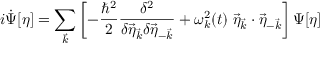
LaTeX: i \dot { \Psi } [ \eta ] = \sum _ { \vec { k } } \left[ - \frac { \hbar ^ { 2 } } { 2 } \frac { \delta ^ { 2 } } { \delta \vec { \eta } _ { \vec { k } } \delta \vec { \eta } _ { - \vec { k } } } + \omega _ { k } ^ { 2 } ( t ) \; \vec { \eta } _ { \vec { k } } \cdot \vec { \eta } _ { - \vec { k } } \right] \Psi [ \eta ]